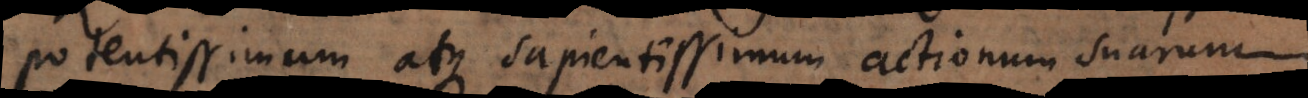
potentissimum atque sapientissimum actionum suarum